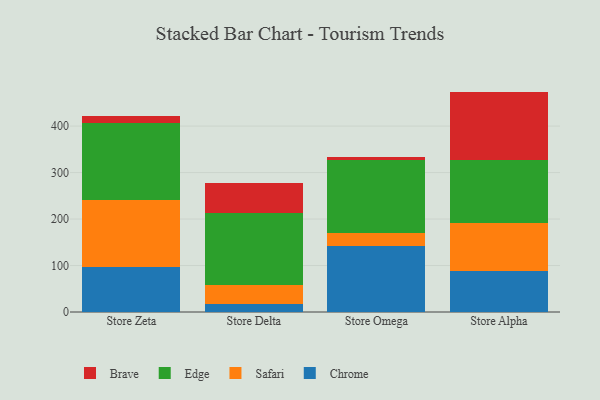
{"axis": {"x": "Store", "y": "Energy Usage (MWh)"}, "legend": ["Brave", "Chrome", "Edge", "Safari"], "data": [{"x": "Store Zeta", "y": 96.2, "type": "Chrome"}, {"x": "Store Zeta", "y": 145.8, "type": "Safari"}, {"x": "Store Zeta", "y": 165.0, "type": "Edge"}, {"x": "Store Zeta", "y": 14.2, "type": "Brave"}, {"x": "Store Delta", "y": 16.4, "type": "Chrome"}, {"x": "Store Delta", "y": 41.3, "type": "Safari"}, {"x": "Store Delta", "y": 155.9, "type": "Edge"}, {"x": "Store Delta", "y": 63.3, "type": "Brave"}, {"x": "Store Omega", "y": 141.2, "type": "Chrome"}, {"x": "Store Omega", "y": 27.9, "type": "Safari"}, {"x": "Store Omega", "y": 157.4, "type": "Edge"}, {"x": "Store Omega", "y": 6.5, "type": "Brave"}, {"x": "Store Alpha", "y": 88.7, "type": "Chrome"}, {"x": "Store Alpha", "y": 103.5, "type": "Safari"}, {"x": "Store Alpha", "y": 134.2, "type": "Edge"}, {"x": "Store Alpha", "y": 147.8, "type": "Brave"}]}